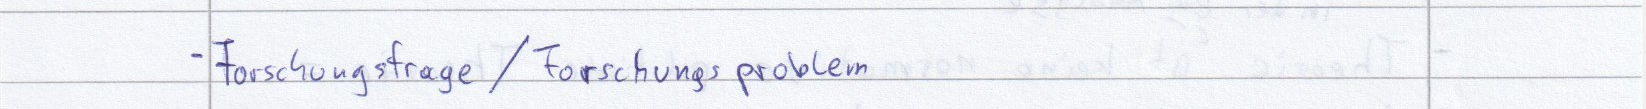
- Forschungsfrage / Forschungsproblem